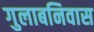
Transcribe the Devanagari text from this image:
गुलाबनिवास